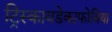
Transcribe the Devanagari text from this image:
ट्रिस्कायडेकाफोबिया